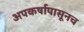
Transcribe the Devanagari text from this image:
अपकर्षापासूनच